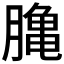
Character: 𪚲